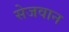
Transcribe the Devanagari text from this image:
सेजवान